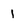
Character: 1